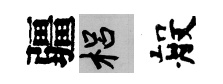
疆梠般